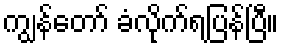
ကျွန်တော် ခံလိုက်ရပြန်ပြီ။